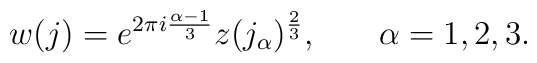
w(j)=e^{2\pi i\frac{\alpha -1}{3}}z(j_{\alpha })^{\frac{2}{3}},\hspace{0.2in}\hspace{0.1in}\alpha =1,2,3.